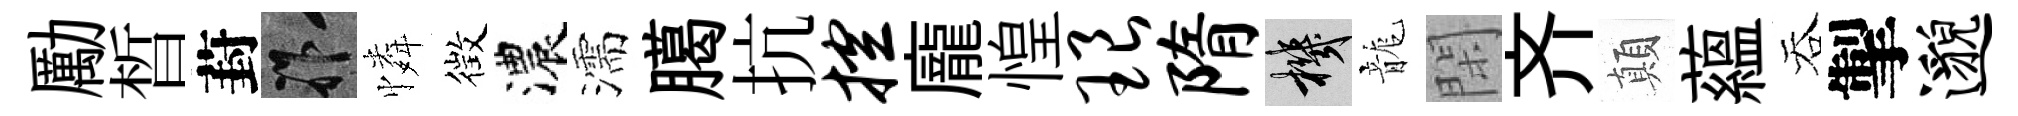
勵晳葑祚憐徴濃濡臈抗控龐惶琅隋機龍閑齐顛藴吞掣邈